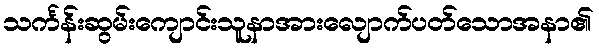
သင်္ကန်းဆွမ်းကျောင်းသူနာအားလျောက်ပတ်သောအနာ၏